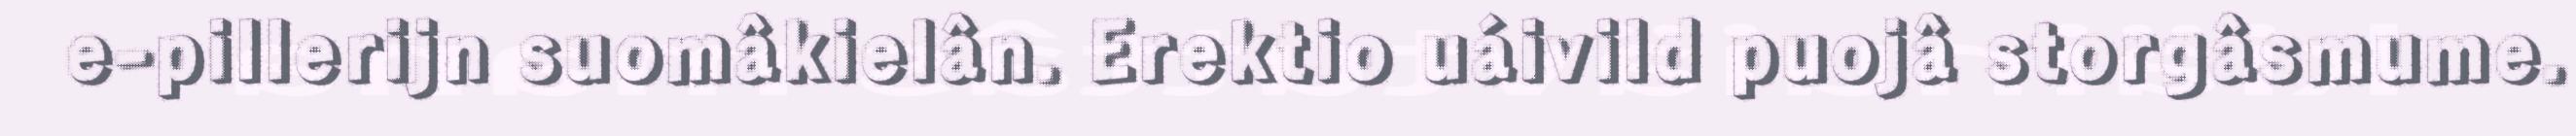
e-pillerijn suomâkielân. Erektio uáivild puojâ storgâsmume.